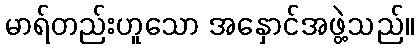
မာရ်တည်းဟူသော အနှောင်အဖွဲ့သည်။